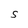
Character: S